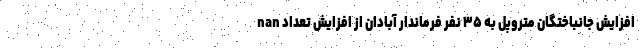
nan افزایش جانباختگان متروپل به ۳۵ نفر فرماندار آبادان از افزایش تعداد